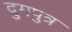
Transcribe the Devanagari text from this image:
द्रुमपुत्र